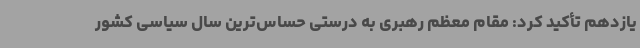
یازدهم تأکید کرد: مقام معظم رهبری به درستی حساس‌ترین سال سیاسی کشور